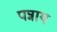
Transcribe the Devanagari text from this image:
पन्नाय